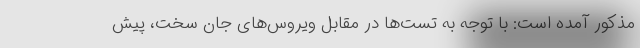
مذکور آمده است: با توجه به تست‌ها در مقابل ویروس‌های جان سخت، پیش